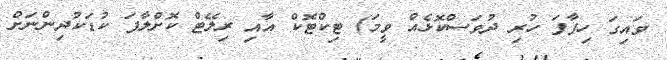
ވައިގަ ހިފާފަ ހުރި ދުވަސްކޮޅެއް ވީމަ) ޓިކްޓޮކް އާއި ރިލޭޓް ކޮށްލާފަ ކުޑަކުދިންނަށް